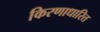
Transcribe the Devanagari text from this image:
किरणाधारित